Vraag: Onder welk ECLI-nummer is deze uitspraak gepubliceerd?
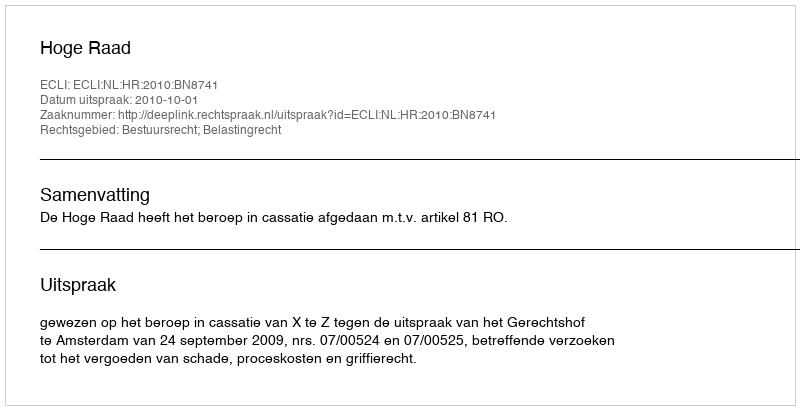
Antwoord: ECLI:NL:HR:2010:BN8741